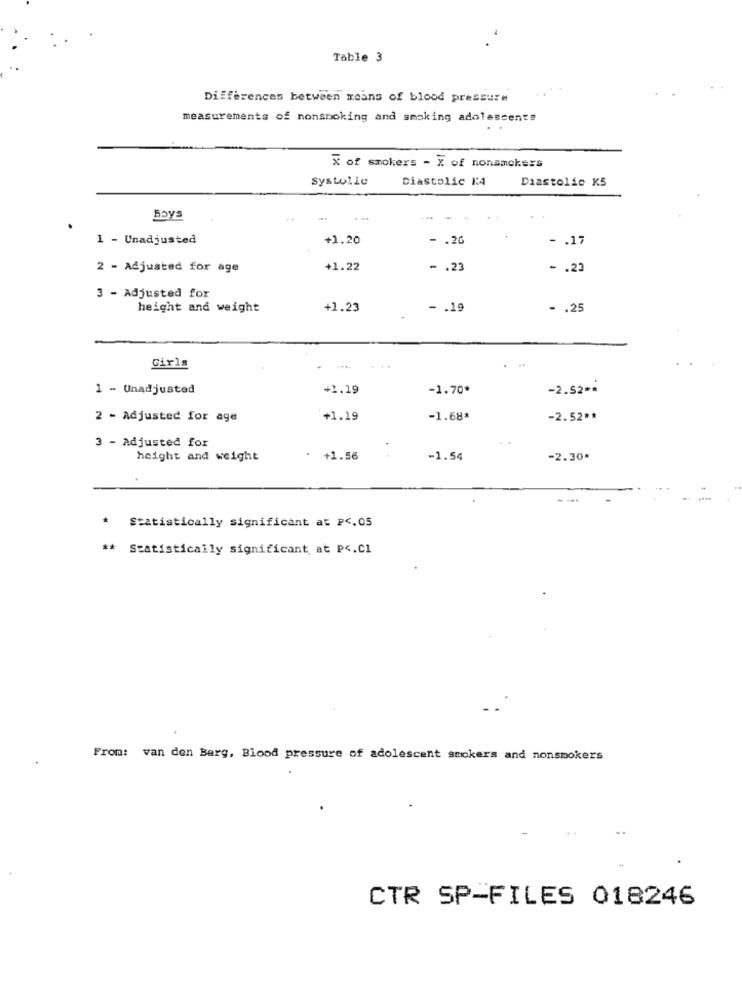
Table 3
Differences between means of blood pressure
measurements of nonsmoking and smoking adolescente
X of smokers - X of nonsmokers
Systolle
Diastolic K4
Diastolic K5
Boys
1 - Unadjusted
+1.20
- . 26
- . 17
2 - Adjusted for age
+1.22
- . 23
- . 23
3 - Adjusted for
height and weight
+1.23
- . 19
- . 25
...
Girls
1 - Unadjusted
+2.19
-1.70*
-2.52 **
2 - Adjusted for age
+1.19
-1.68*
-2.52 **
3 - Adjusted for
height and weight
. +1.56
-1.54
-2.30^
*
Statistically significant at P <. 05
** Statistically significant, at P <. C1
From: van den Berg, Blood pressure of adolescent smokers and nonsmokers
CTR SP-FILES 018246